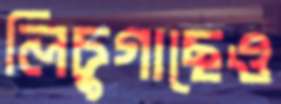
লিচুগাছেও